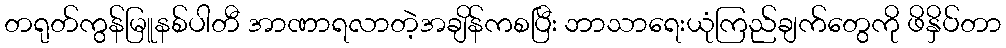
တရုတ်ကွန်မြူနစ်ပါတီ အာဏာရလာတဲ့အချိန်ကစပြီး ဘာသာရေးယုံကြည်ချက်တွေကို ဖိနှိပ်တာ